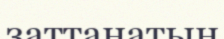
заттанатын